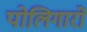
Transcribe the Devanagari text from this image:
पोलिगारों